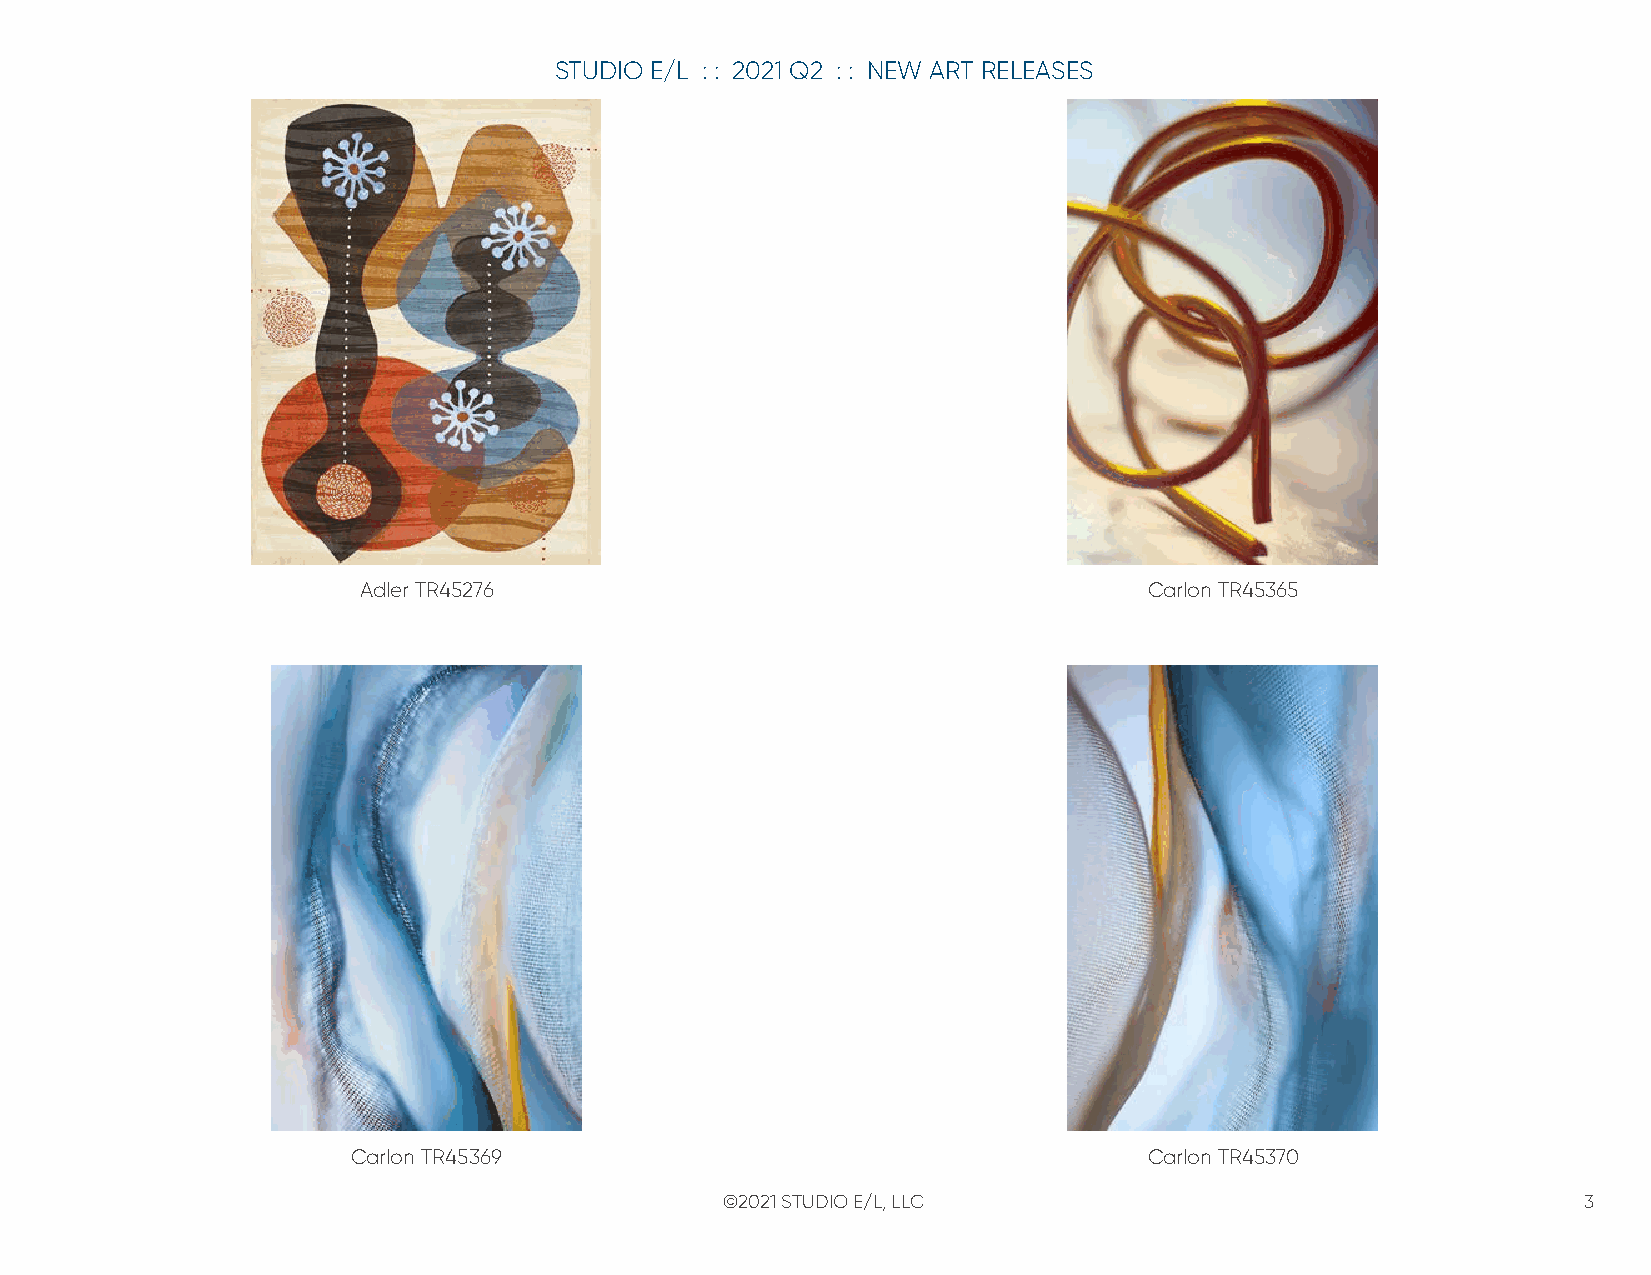
STUDIO E/L : : 2021 Q2 : : NEW ART RELEASES
 Adler TR45276                                       Carlon TR45365
 Carlon TR45369                                       Carlon TR45370
 ©2021 STUDIO E/L, LLC                                    3